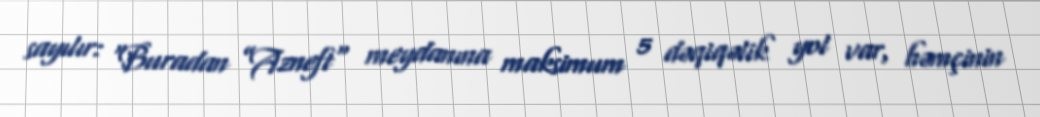
sayılır: “Buradan ”Azneft" meydanına maksimum 5 dəqiqəlik yol var, həmçinin